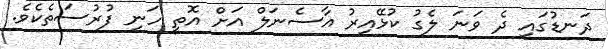
ދަނޑުގައި ދެ ވަނަ ލެގު ކުޅޭއިރު އާސެނަލް އަށް އޮތީ ހަނި ފުރުސަތެކެވެ.